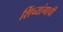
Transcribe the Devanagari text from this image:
शिंच्यांगाची